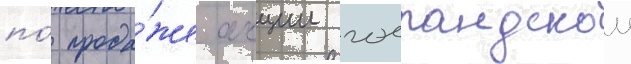
по́ прода́же акции голландскои